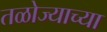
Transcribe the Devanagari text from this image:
तळोज्याच्या